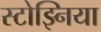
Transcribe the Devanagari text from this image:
स्टोझ्निया